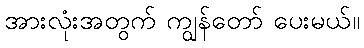
အားလုံးအတွက် ကျွန်တော် ပေးမယ်။